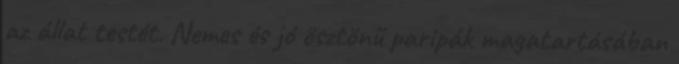
az állat testét. Nemes és jó ösztönű paripák magatartásában